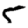
Digit: 5